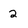
Character: 2